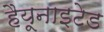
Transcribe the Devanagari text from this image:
हैयूनाइटेड